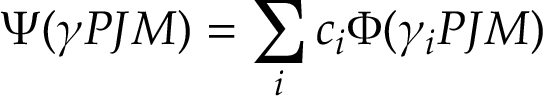
\centering \Psi ( \gamma P J M ) = \sum _ { i } c _ { i } \Phi ( \gamma _ { i } P J M )